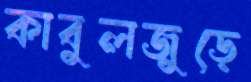
কাবুলজুড়ে